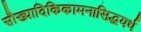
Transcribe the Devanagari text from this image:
सौख्यादिकिकामनासिद्धयर्थ